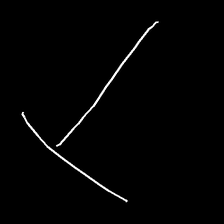
Glyph: column